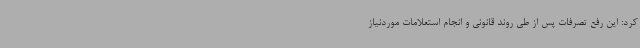
کرد: این رفع تصرفات پس از طی روند قانونی و انجام استعلامات موردنیاز